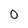
Character: 0